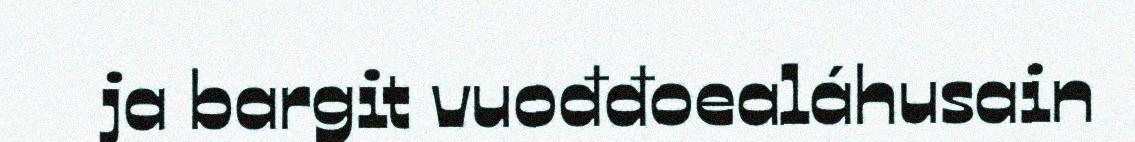
ja bargit vuođđoealáhusain